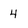
Character: 4